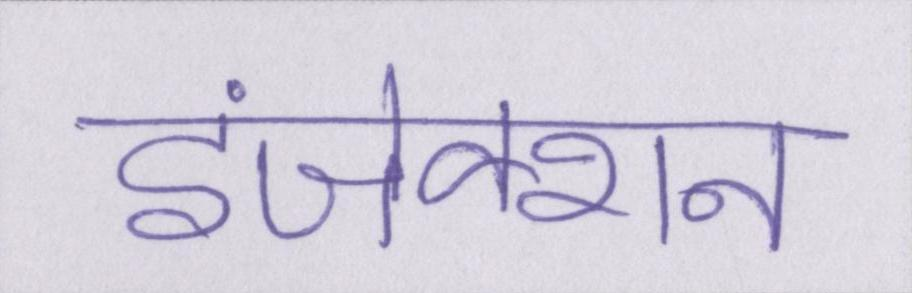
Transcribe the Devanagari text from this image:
इंजेक्शन